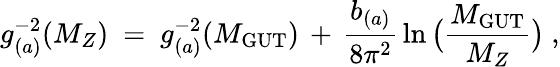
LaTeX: g_{(a)}^{-2}(M_{Z})\ =\ g_{(a)}^{-2}(M_{\mathrm{GUT}})\, +\, \frac{b_{(a)}}{8\pi^{2}}\, \ln\big(\frac{M_{\mathrm{GUT}}}{M_{Z}}\big)\ ,